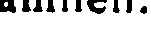
ämnen.